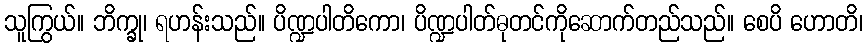
သူကြွယ်။ ဘိက္ခု၊ ရဟန်းသည်။ ပိဏ္ဍပါတိကော၊ ပိဏ္ဍပါတ်ဓုတင်ကိုဆောက်တည်သည်။ စေပိ ဟောတိ၊